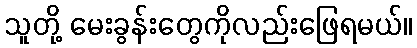
သူတို့ မေးခွန်းတွေကိုလည်းဖြေရမယ်။